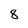
Character: 8